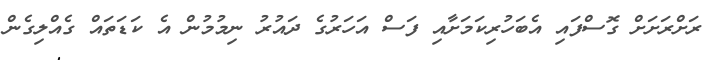
ރަށްރަށަށް ގޮސްފައި އެބަހުރިކަމަށާއި ފަސް އަހަރުގެ ދައުރު ނިމުމުން އެ ކަޑަތައް ގެއްލިގެން